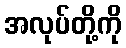
အလုပ်တို့ကို